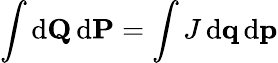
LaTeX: \int\mathrm{d}\mathbf{Q}\, \mathrm{d}\mathbf{P}=\int J\, \mathrm{d}\mathbf{q}\, \mathrm{d}\mathbf{p}